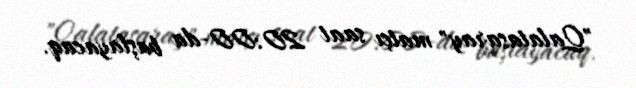
"Qalatasaray" matçı saat 20:00-da başlayacaq.